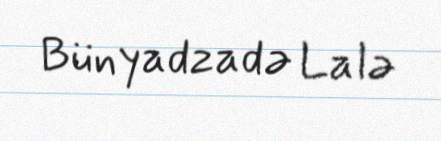
Bünyadzadə Lalə